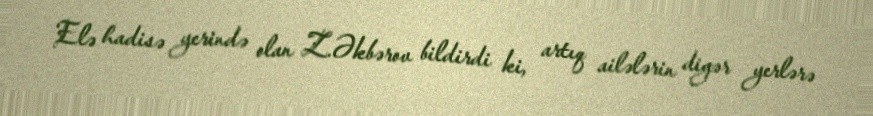
Elə hadisə yerində olan Z.Əkbərov bildirdi ki, artıq ailələrin digər yerlərə